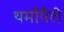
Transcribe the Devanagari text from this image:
थर्मोपैले